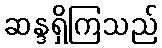
ဆန္ဒရှိကြသည်